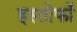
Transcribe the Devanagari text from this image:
इस्तीफों